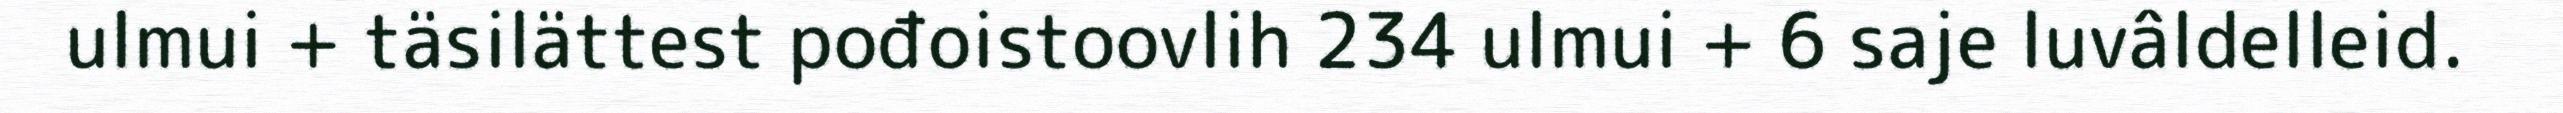
ulmui + täsilättest pođoistoovlih 234 ulmui + 6 saje luvâldelleid.